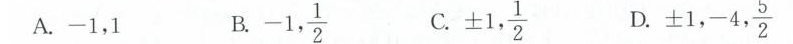
A.-1，1 B.-1, \frac{1}{2}. C.\pm 1, \frac{1}{2} D.\pm 1,-4, \frac{5}{2}